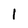
Character: 1